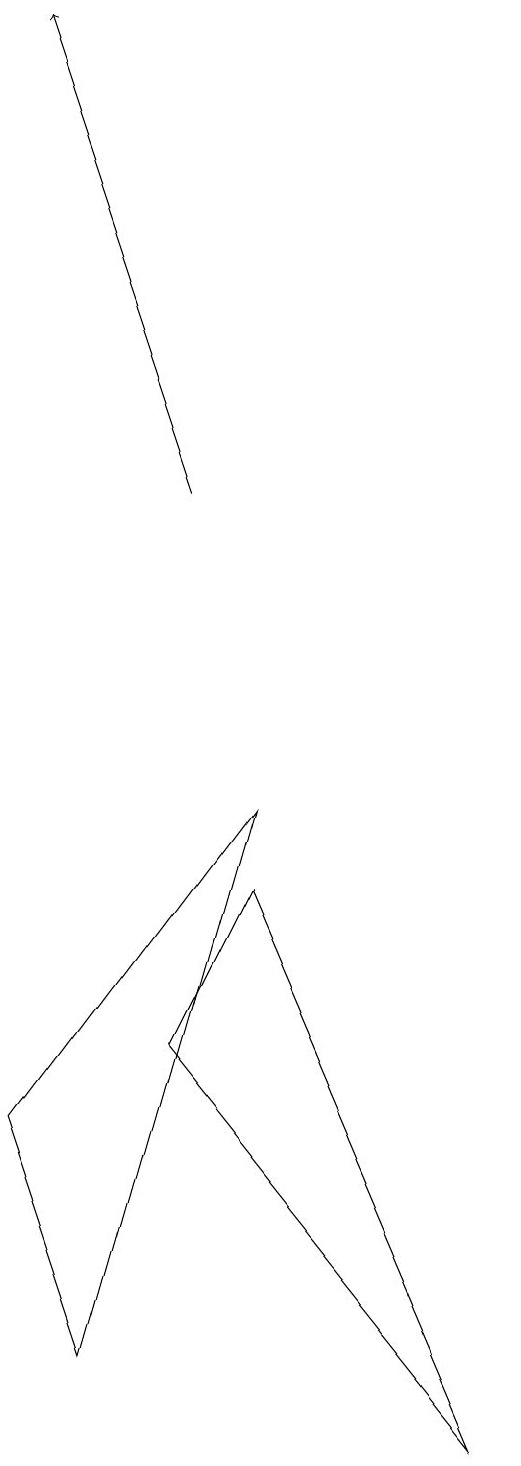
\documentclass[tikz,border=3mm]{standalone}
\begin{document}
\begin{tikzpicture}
\draw (6,0) -- (2,5) -- (3,7) -- cycle;
\draw[->] (2,12) -- (0,18);
\draw (3,8) -- (1,1) -- (0,4) -- cycle;
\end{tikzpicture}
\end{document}